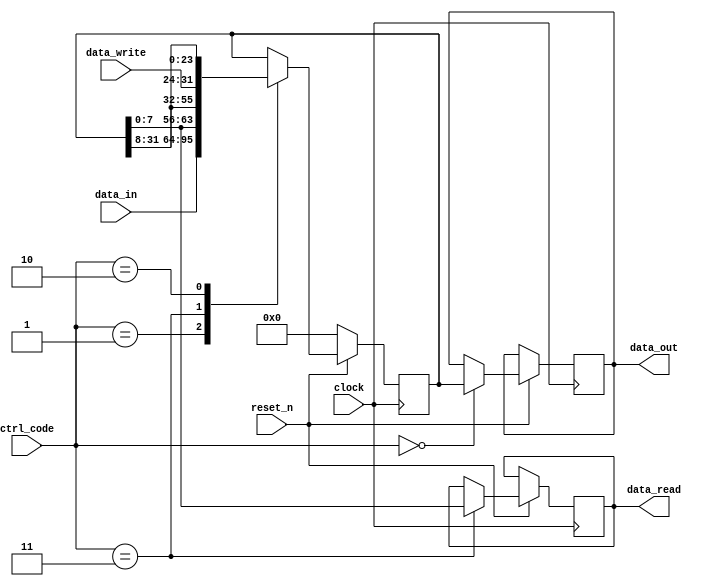
// This program was cloned from: https://github.com/RomeoMe5/DDLM
// License: MIT License

module shift_reg

#(parameter DATA_WIDTH=8,
parameter LENGTH=4)

(

input clock,
input reset_n,
input [1:0] ctrl_code,

input [DATA_WIDTH*LENGTH-1:0] data_in,
input [DATA_WIDTH-1:0] data_write,
output reg [DATA_WIDTH-1:0] data_read,
output reg [DATA_WIDTH*LENGTH-1:0] data_out

);

localparam REG_UPLOAD = 0,
                REG_LOAD = 1,
                REG_WRITE = 2,
                REG_READ = 3; //Gray coding of states

reg [DATA_WIDTH*LENGTH-1:0] contents;

always @(posedge clock)
begin
    if (~reset_n)
    begin
        contents <= {DATA_WIDTH*LENGTH{1'b0}};
    end
    else
    begin
    case (ctrl_code)
    REG_UPLOAD: data_out <= contents;
    REG_LOAD: contents <= data_in;
    REG_READ: begin contents <= {contents[DATA_WIDTH-1:0],contents[DATA_WIDTH*LENGTH-1:DATA_WIDTH]}; data_read <= contents[DATA_WIDTH-1:0]; end
    REG_WRITE: contents <= {data_write,contents[DATA_WIDTH*LENGTH-1:DATA_WIDTH]};
    endcase
    end

end

endmodule